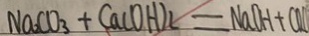
N a _ { 2 } C O _ { 3 } + C a ( O H ) _ { 2 } = N a O H + C a